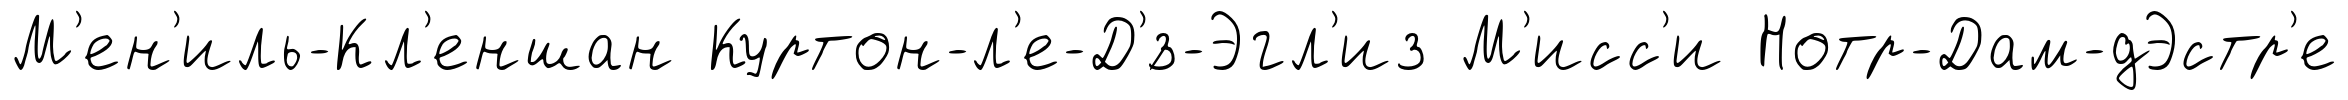
М'ен'иль-Кл'еншан Куртон-л'е-Д'́з-Эгл'из М'исс'и Нотр-Дам-дЭстр'е